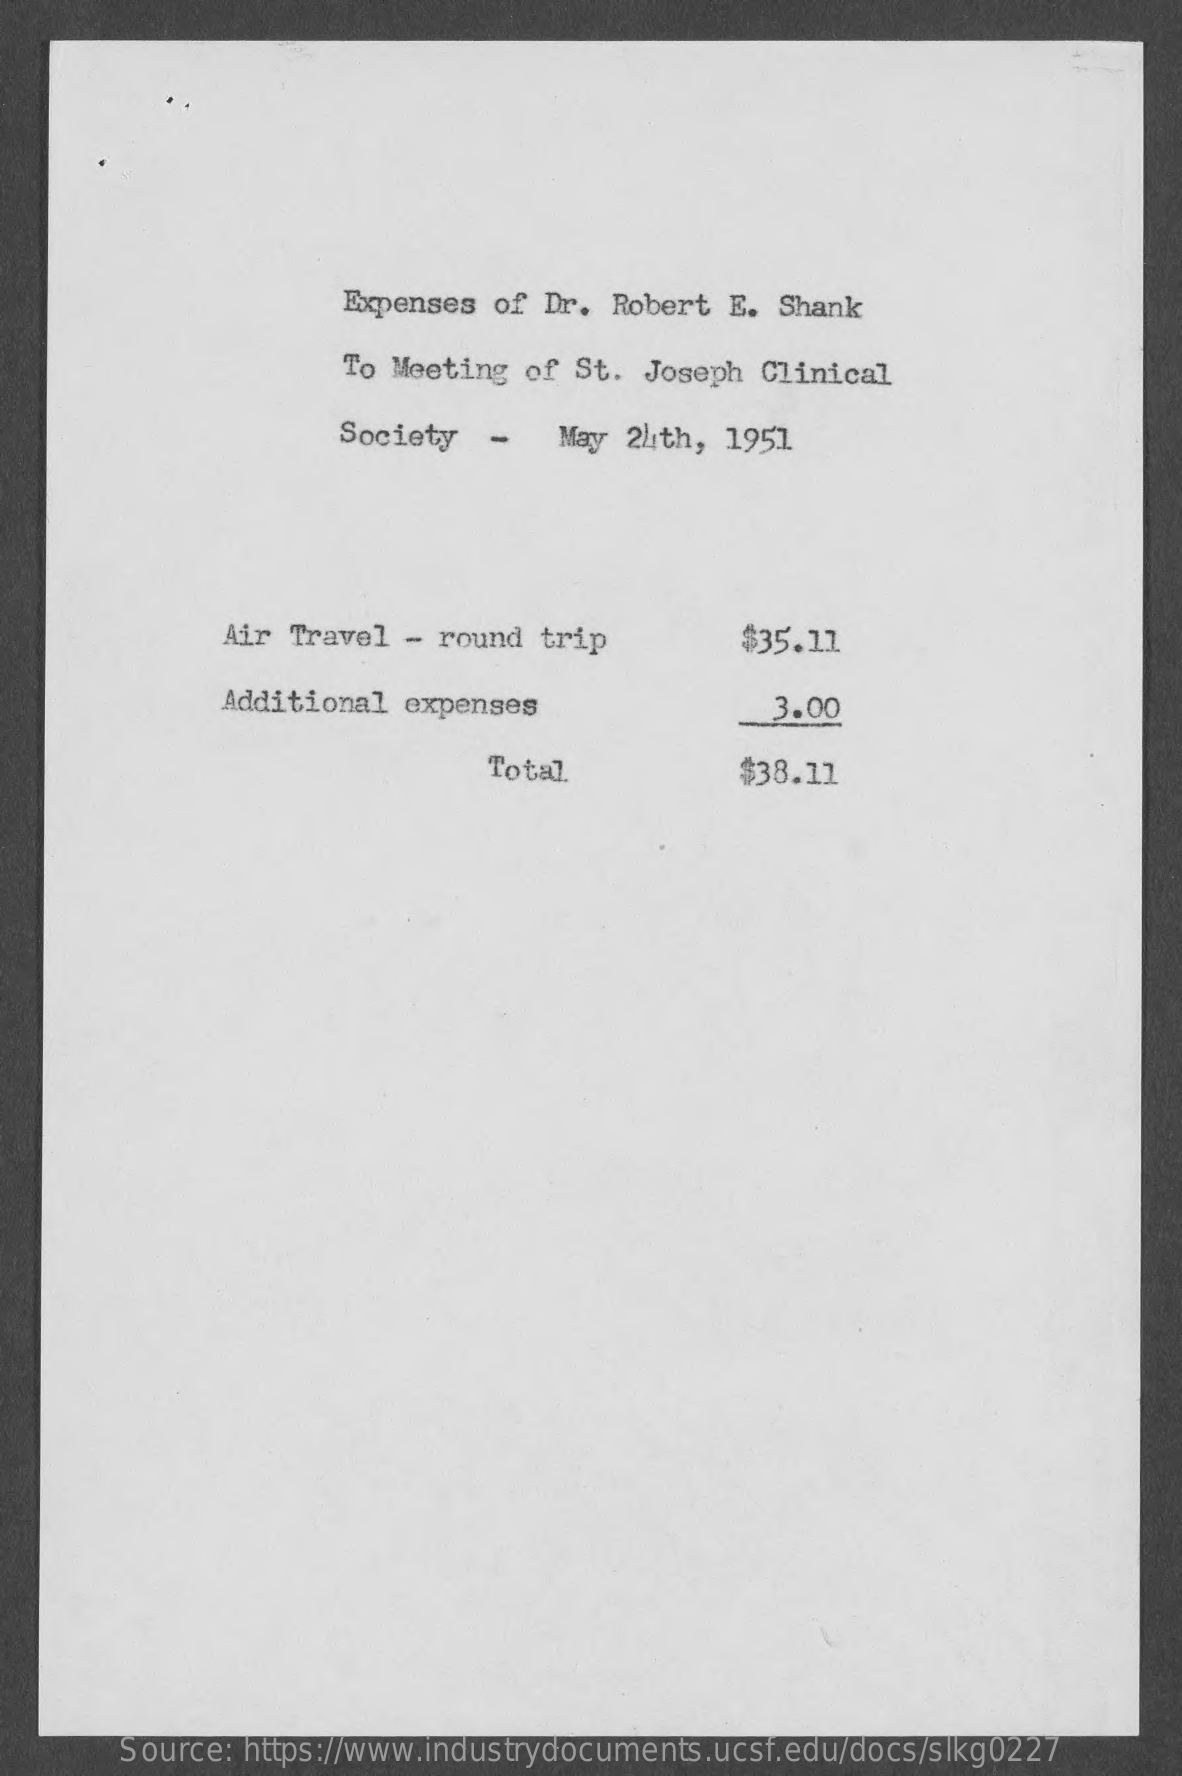
Expenses of Dr. Robert  E. Shank
     To Meeting of St. Joseph  Clinical
     Society  -   May 24th,  1951
     Air Travel -  round trip    $35.11
     Additional expenses    3.00
     Total    $38.11
     Source: https://www.industrydocuments.ucsf.edu/docs/slkg0227